Eesti_Rahvusfond, lk 42
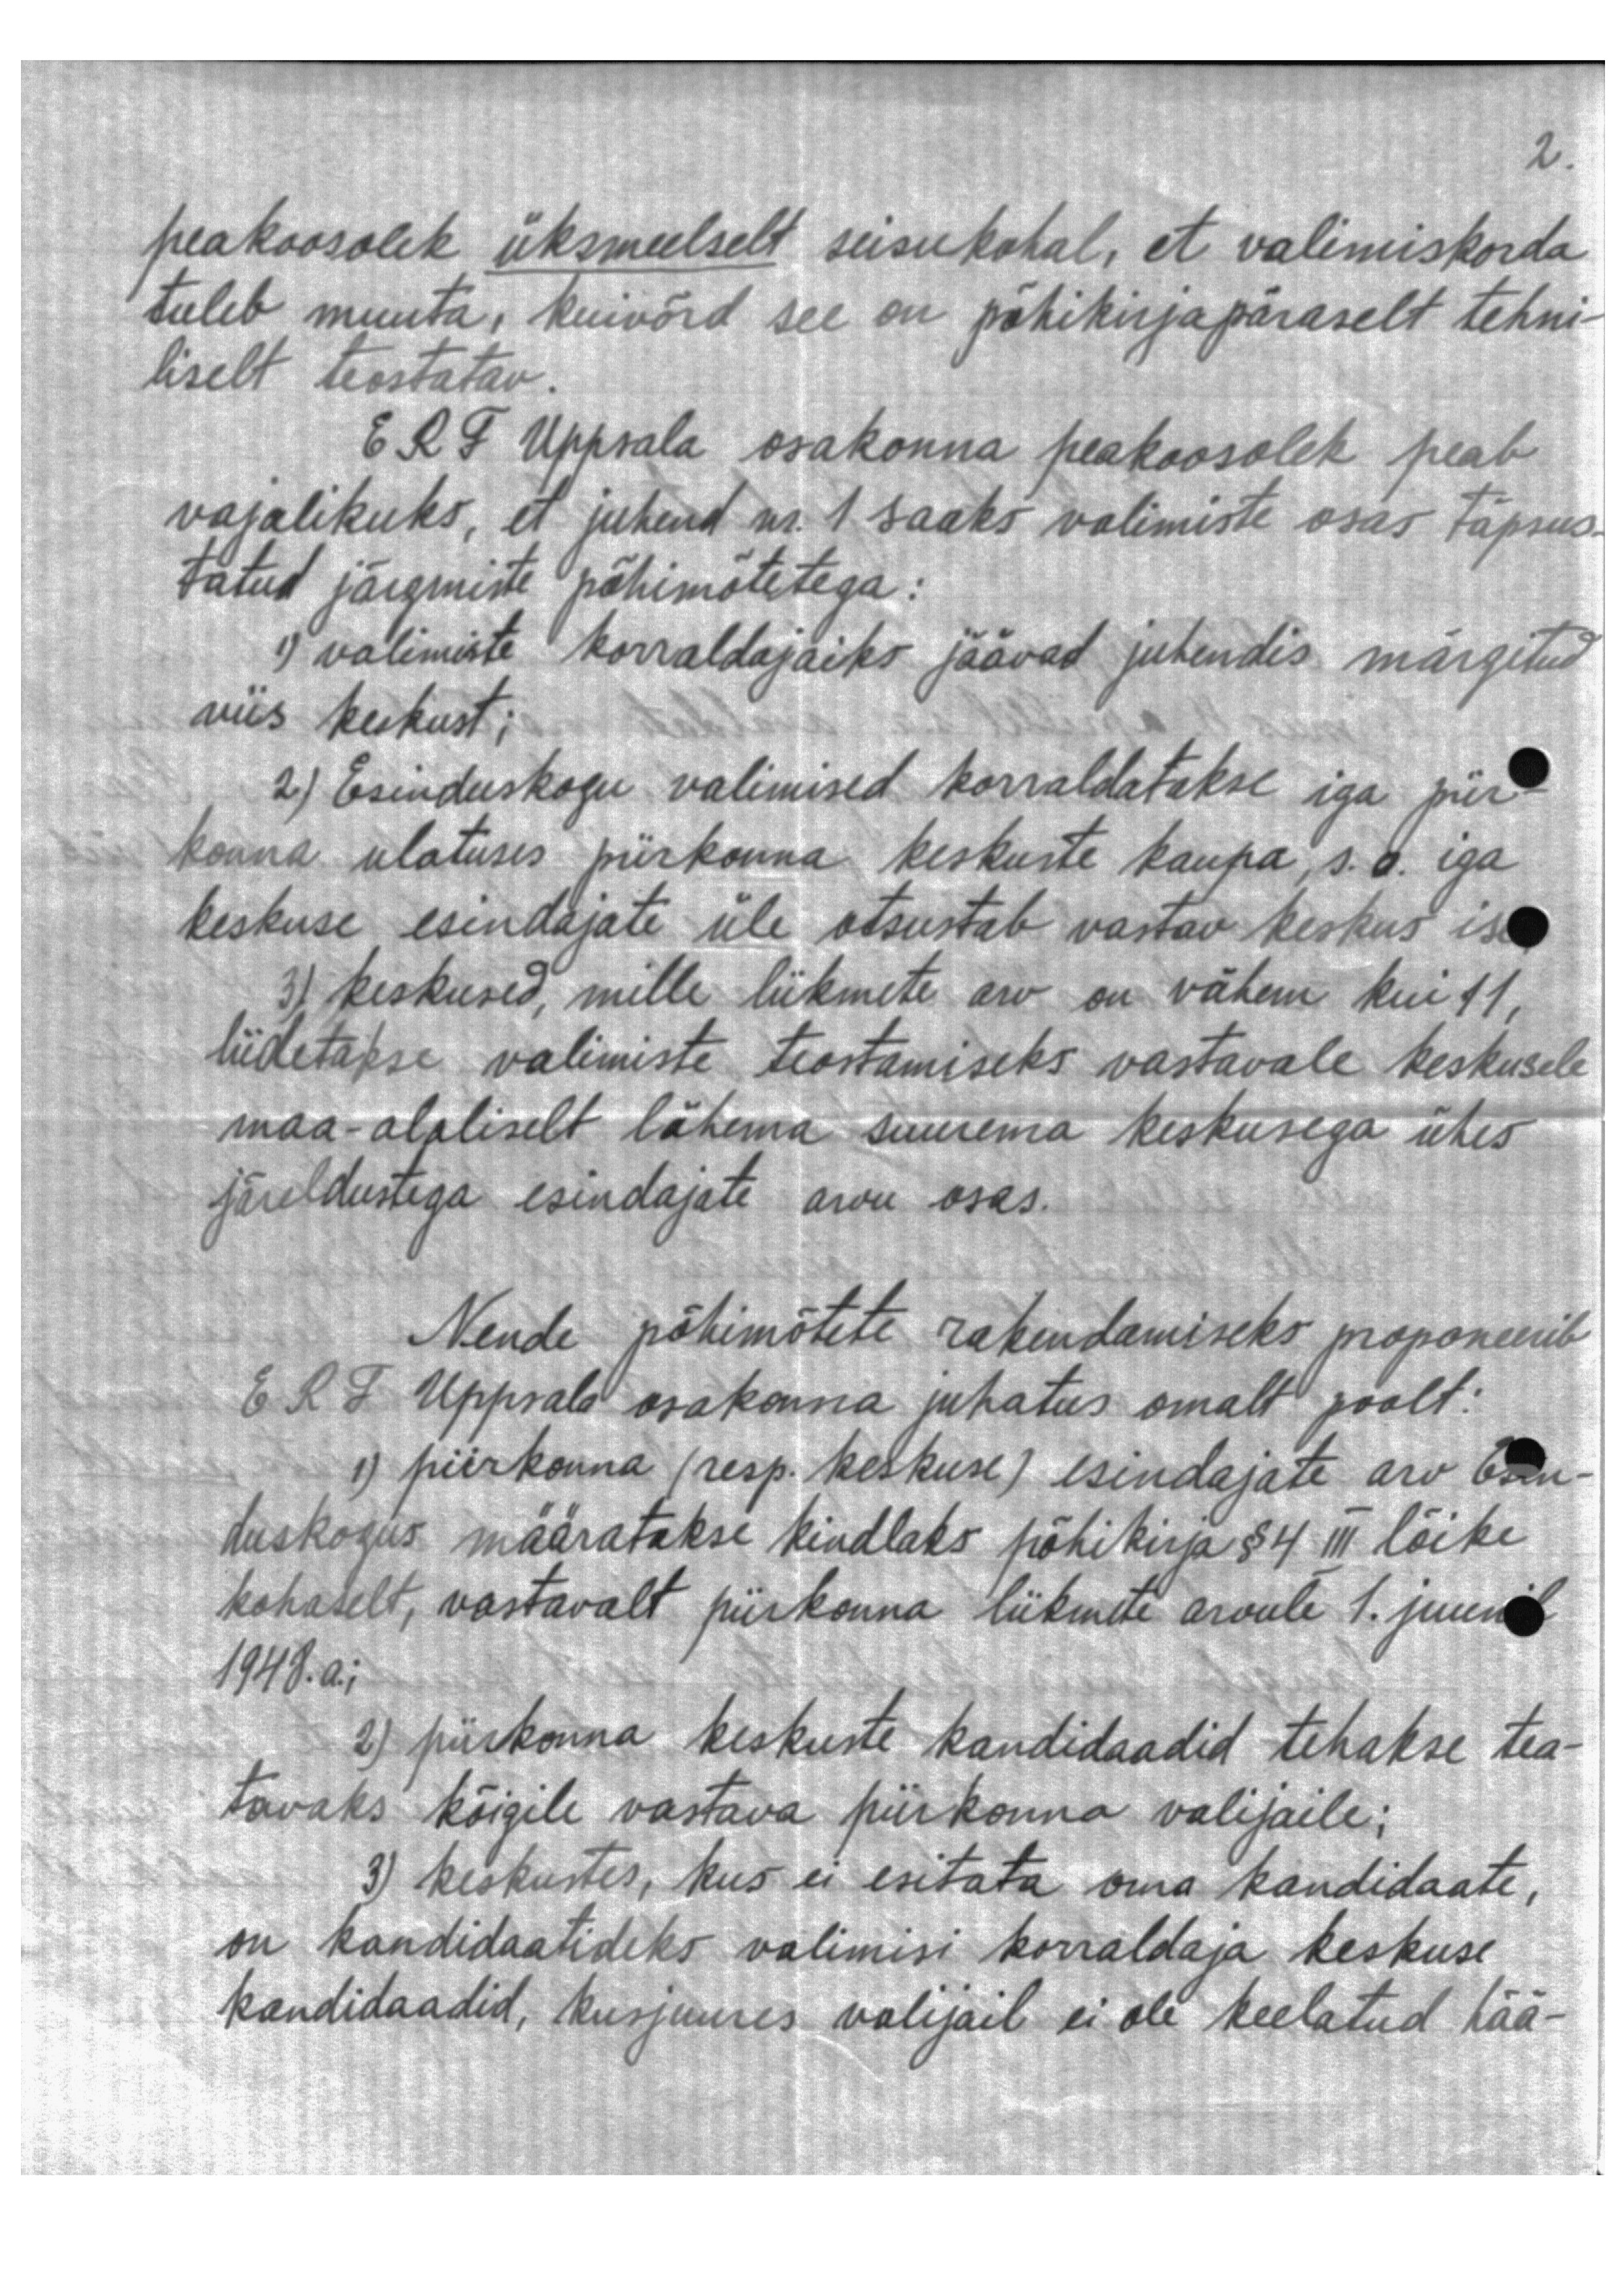
peakoosolek üksmeelselt seisukohal, et valimiskorda
tuleb muuta, kuivõrd see on põhikirjapäraselt tehni-
liselt teostatav.
ERF Uppsala osakonna peakoosolek peab
vajalikuks, et juhend nr. 1 saaks valimiste osas täpsus-
tatud järgmiste põhimõtetega:
1) valimiste korraldajaiks jäävad juhendis märgitud
viis keskust;
2) Esinduskogu valimised korraldatakse iga piir-
konna ulatuses piirkonna keskuste kaupa, s.o. iga
keskuse esindajate üle otsustab vastav keskus ise
3) keskused, mille liikmete arv on vähem kui 11,
liidetakse valimiste teostamiseks vastavale keskusele
maa-alaliselt lähema suurema keskusega ühes
järeldustega esindajate arvu osas.
Nende põhimõtete rakendamiseks proponeerib
ERF Uppsala osakonna juhatus omalt poolt:
1) piirkonna (resp. keskuse) esindajate arv Esin-
duskogus määratakse kindlaks põhikirja §4 III lõike
kohaselt, vastavalt piirkonna liikmete arvule 1. juunil
1948. a.;
2) piirkonna keskuste kandidaadid tehakse tea-
tavaks kõigile vastava piirkonna valijaile;
3) keskustes, kus ei esitata oma kandidaate,
on kandidaatideks valimisi korraldaja keskuse
kandidaadid, kusjuures valijail ei ole keelatud hää-